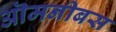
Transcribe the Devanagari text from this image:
ऒमनीबस